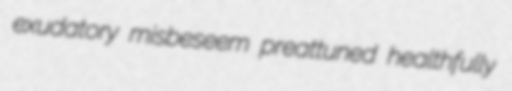
exudatory misbeseem preattuned healthfully